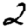
Digit: 2